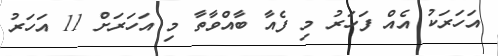
އަހަރަކު އެއް ފަހަރު މި ފެއާ ބާއްވާތާ މި އަހަރަށް 11 އަހަރު